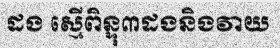
ដង ស្មើពិន្ទុ៣ដងនិងវាយ